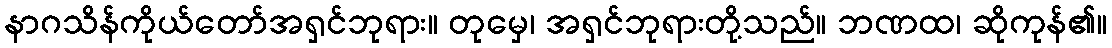
နာဂသိန်ကိုယ်တော်အရှင်ဘုရား။ တုမှေ၊ အရှင်ဘုရားတို့သည်။ ဘဏထ၊ ဆိုကုန်၏။